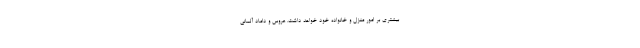
بیشتری بر امور منزل و خانواده خود خواهد داشت. عروس و داماد آلمانی